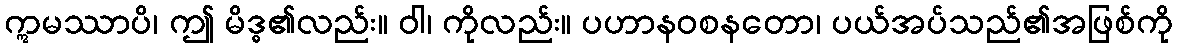
ဣမဿာပိ၊ ဤ မိဒ္ဓ၏လည်း။ ဝါ၊ ကိုလည်း။ ပဟာနဝစနတော၊ ပယ်အပ်သည်၏အဖြစ်ကို